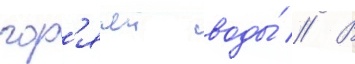
гор'ячеи воды́ // В